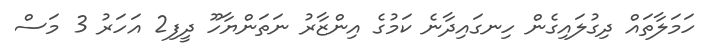
ހަމަލާތައް ދިގުލައިގެން ހިނގައިދާނެ ކަމުގެ އިންޒާރު ނަތަންޔާހޫ ދީފި2 އަހަރު 3 މަސް